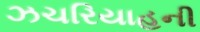
ઝચરિયાહની